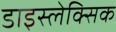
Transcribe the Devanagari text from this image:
डाइस्लेक्सिक